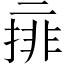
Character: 𠄽